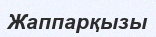
Жаппарқызы